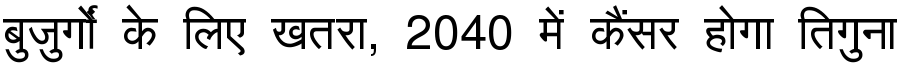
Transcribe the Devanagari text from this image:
बुजुर्गों के लिए खतरा, 2040 में कैंसर होगा तिगुना